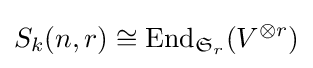
S_{k}(n,r)\cong \mathrm {End} _{{\mathfrak {S}}_{r}}(V^{\otimes r})